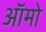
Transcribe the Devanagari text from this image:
ऑमो